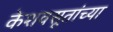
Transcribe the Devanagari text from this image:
केशवसूतांच्या